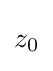
{\begin{aligned}z_{0}\end{aligned}}